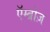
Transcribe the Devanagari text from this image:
एॅम्ब्रोज़